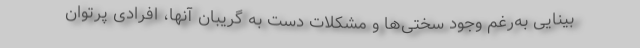
بینایی به‌رغم وجود سختی‌ها و مشکلات دست به گریبان آنها، افرادی پرتوان